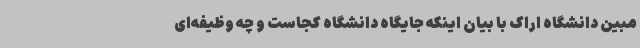
مبین دانشگاه اراک با بیان اینکه جایگاه دانشگاه کجاست و چه وظیفه‌ای